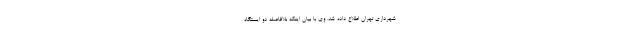
شهرداری تهران اطلاع داده شد. وی با بیان اینکه بلافاصله دو ایستگاه